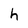
Character: h